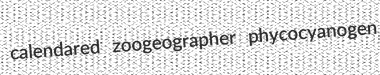
calendared zoogeographer phycocyanogen